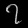
Digit: ၇